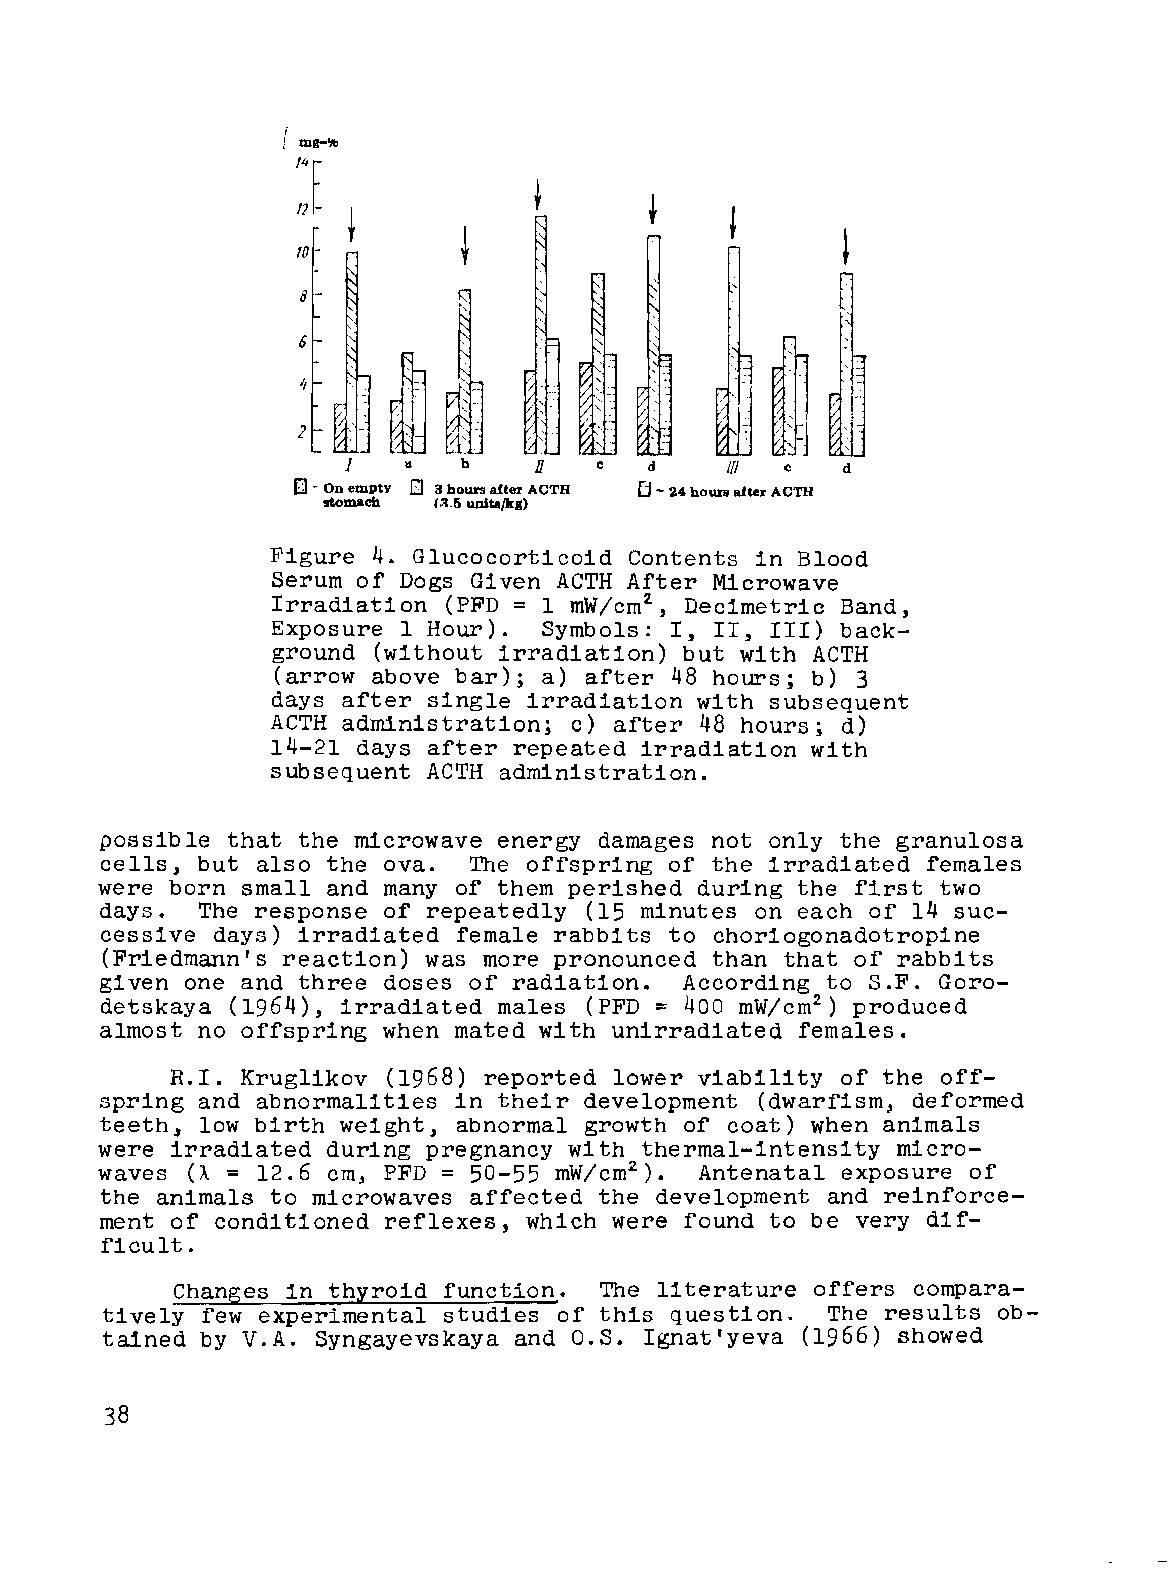
"­
 -
 ~    "
 ~                ,
 ,      ' ­          r
 ,     -      \­
 , .             ,
 o       "   b   0    c  d    II! c   d
 On empty Q 3 hours after ACTH fJ - 24 hours after ACTa
 stomach (g.6 unit.s/kg)
 Figure 4. Glucocorticoid Contents in Blood
 Serum of Dogs Given ACTH After Microwave
 Irradiation (PFD = 1 mW/cm2 , Decimetric Band,
 Exposure 1 Hour). Symbols: I, II, III) back­
 ground (without irradiation) but with ACTH
 (arrow above bar); a) after 48 hours; b) 3
 days after single irradiation with subsequent
 ACTH administration; c) after 48 hours; d)
 14-21 days after repeated irradiation with
 subsequent ACTH administratio.n.
 possible that the microwave energy damages not only the granulosa
 cells, but also the ova. The offspring of the irradiated females
 were born small and many of them perished during the first two
 days. The response of repeatedly (15 minutes on each of 14 suc­
 cessive days) irradiated female rabbits to choriogonadotropine
 (Friedmann's reaction) was more pronounced than that of rabbits
 given one and three doses of radiation. According to S.F. Goro­
 =
 detskaya (1964), irradiated males (PFD 400 mW/cm2) produced
 almost no offspring when mated with unirradiated females.
 R.I. Kruglikov (1968) reported lower viability of the off­
 spring and abnormalities in their development (dwarfism, deformed
 teeth, low birth weight, abnormal growth of coat) when animals
 were irradiated during pregnancy with thermal-intensity micro­
 =             =
 waves (A  12.6 cm, PFD  50-55 mW/cm2). Antenatal exposure of
 the animals to microwaves affected the development and reinforce­
 ment of conditioned reflexes, which were found to be very dif­
 ficult.
 Changes in thyroid function. The literature offers compara­
 tively few experimental studies of this question. The results ob­
 tained by V.A. Syngayevskaya and O.S. Ignat'yeva (1966) showed
 38